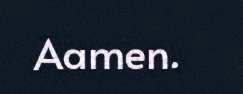
Aamen.